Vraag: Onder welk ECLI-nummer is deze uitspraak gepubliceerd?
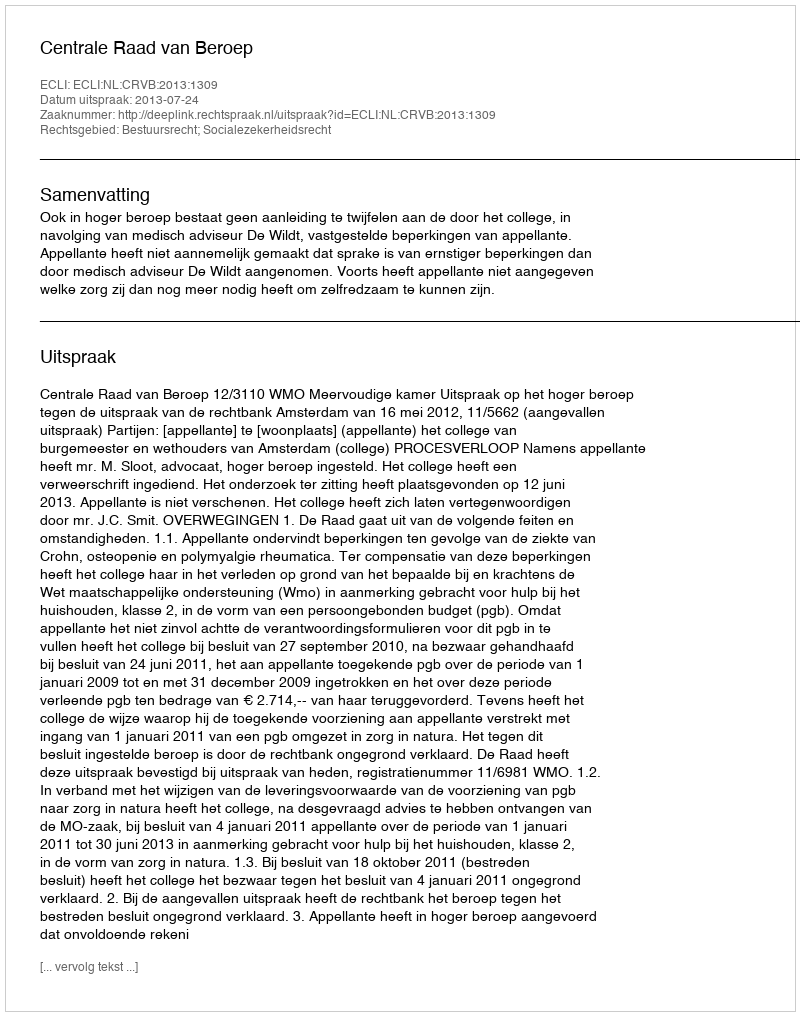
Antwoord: ECLI:NL:CRVB:2013:1309